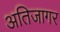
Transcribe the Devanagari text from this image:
अतिजागर